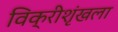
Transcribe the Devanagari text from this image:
विक्रीशृंखला